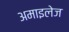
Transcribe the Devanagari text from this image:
अमाइलेज